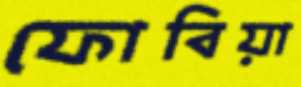
ফোবিয়া